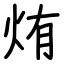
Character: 烠